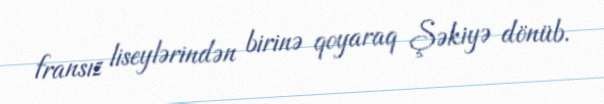
fransız liseylərindən birinə qoyaraq Şəkiyə dönüb.